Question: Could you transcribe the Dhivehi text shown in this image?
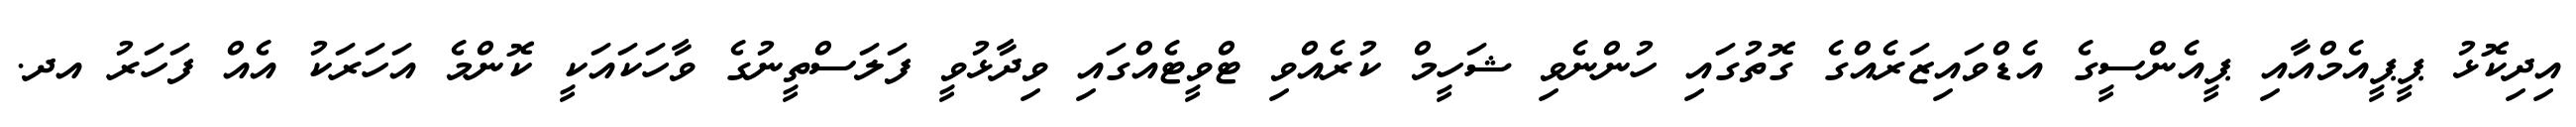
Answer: އިދިކޮޅު ޕީޕީއެމްއާއި ޕީއެންސީގެ އެޑްވައިޒަރެއްގެ ގޮތުގައި ހުންނެވި ޝަހީމް ކުރެއްވި ޓްވީޓެއްގައި ވިދާޅުވީ ފަލަސްތީނުގެ ވާހަކައަކީ ކޮންމެ އަހަރަކު އެއް ފަހަރު އދ.